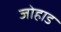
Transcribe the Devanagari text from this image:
जोहाड